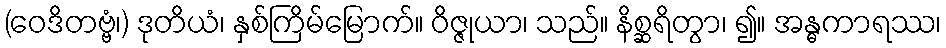
(ဝေဒိတဗ္ဗံ၊) ဒုတိယံ၊ နှစ်ကြိမ်မြောက်။ ဝိဇ္ဇုယာ၊ သည်။ နိစ္ဆရိတွာ၊ ၍။ အန္ဓကာရဿ၊